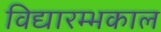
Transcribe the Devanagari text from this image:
विद्यारम्भकाल